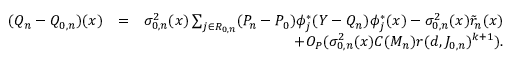
\begin{array} { r l r } { ( Q _ { n } - Q _ { 0 , n } ) ( x ) } & { = } & { \sigma _ { 0 , n } ^ { 2 } ( x ) \sum _ { j \in { \cal R } _ { 0 , n } } ( P _ { n } - P _ { 0 } ) \phi _ { j } ^ { * } ( Y - { Q _ { n } } ) \phi _ { j } ^ { * } ( x ) - \sigma _ { 0 , n } ^ { 2 } ( x ) \tilde { r } _ { n } ( x ) } \\ & { } & { + O _ { P } ( \sigma _ { 0 , n } ^ { 2 } ( x ) C ( M _ { n } ) r ( d , J _ { 0 , n } ) ^ { k + 1 } ) . } \end{array}